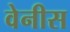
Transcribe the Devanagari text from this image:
वेनीस